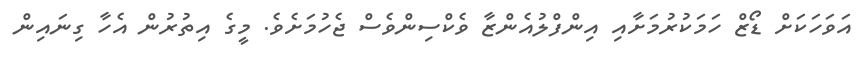
އަވަހަކަށް ޑޯޒް ހަމަކުރުމަށާއި އިންފްލުއެންޒާ ވެކްސިންވެސް ޖެހުމަށެވެ. މީގެ އިތުރުން އެހާ ގިނައިން